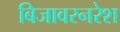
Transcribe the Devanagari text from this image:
बिजावरनरेश